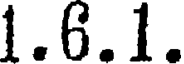
1.6.1.